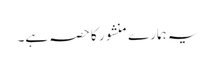
یہ ہمارے منشور کا حصہ ہے۔